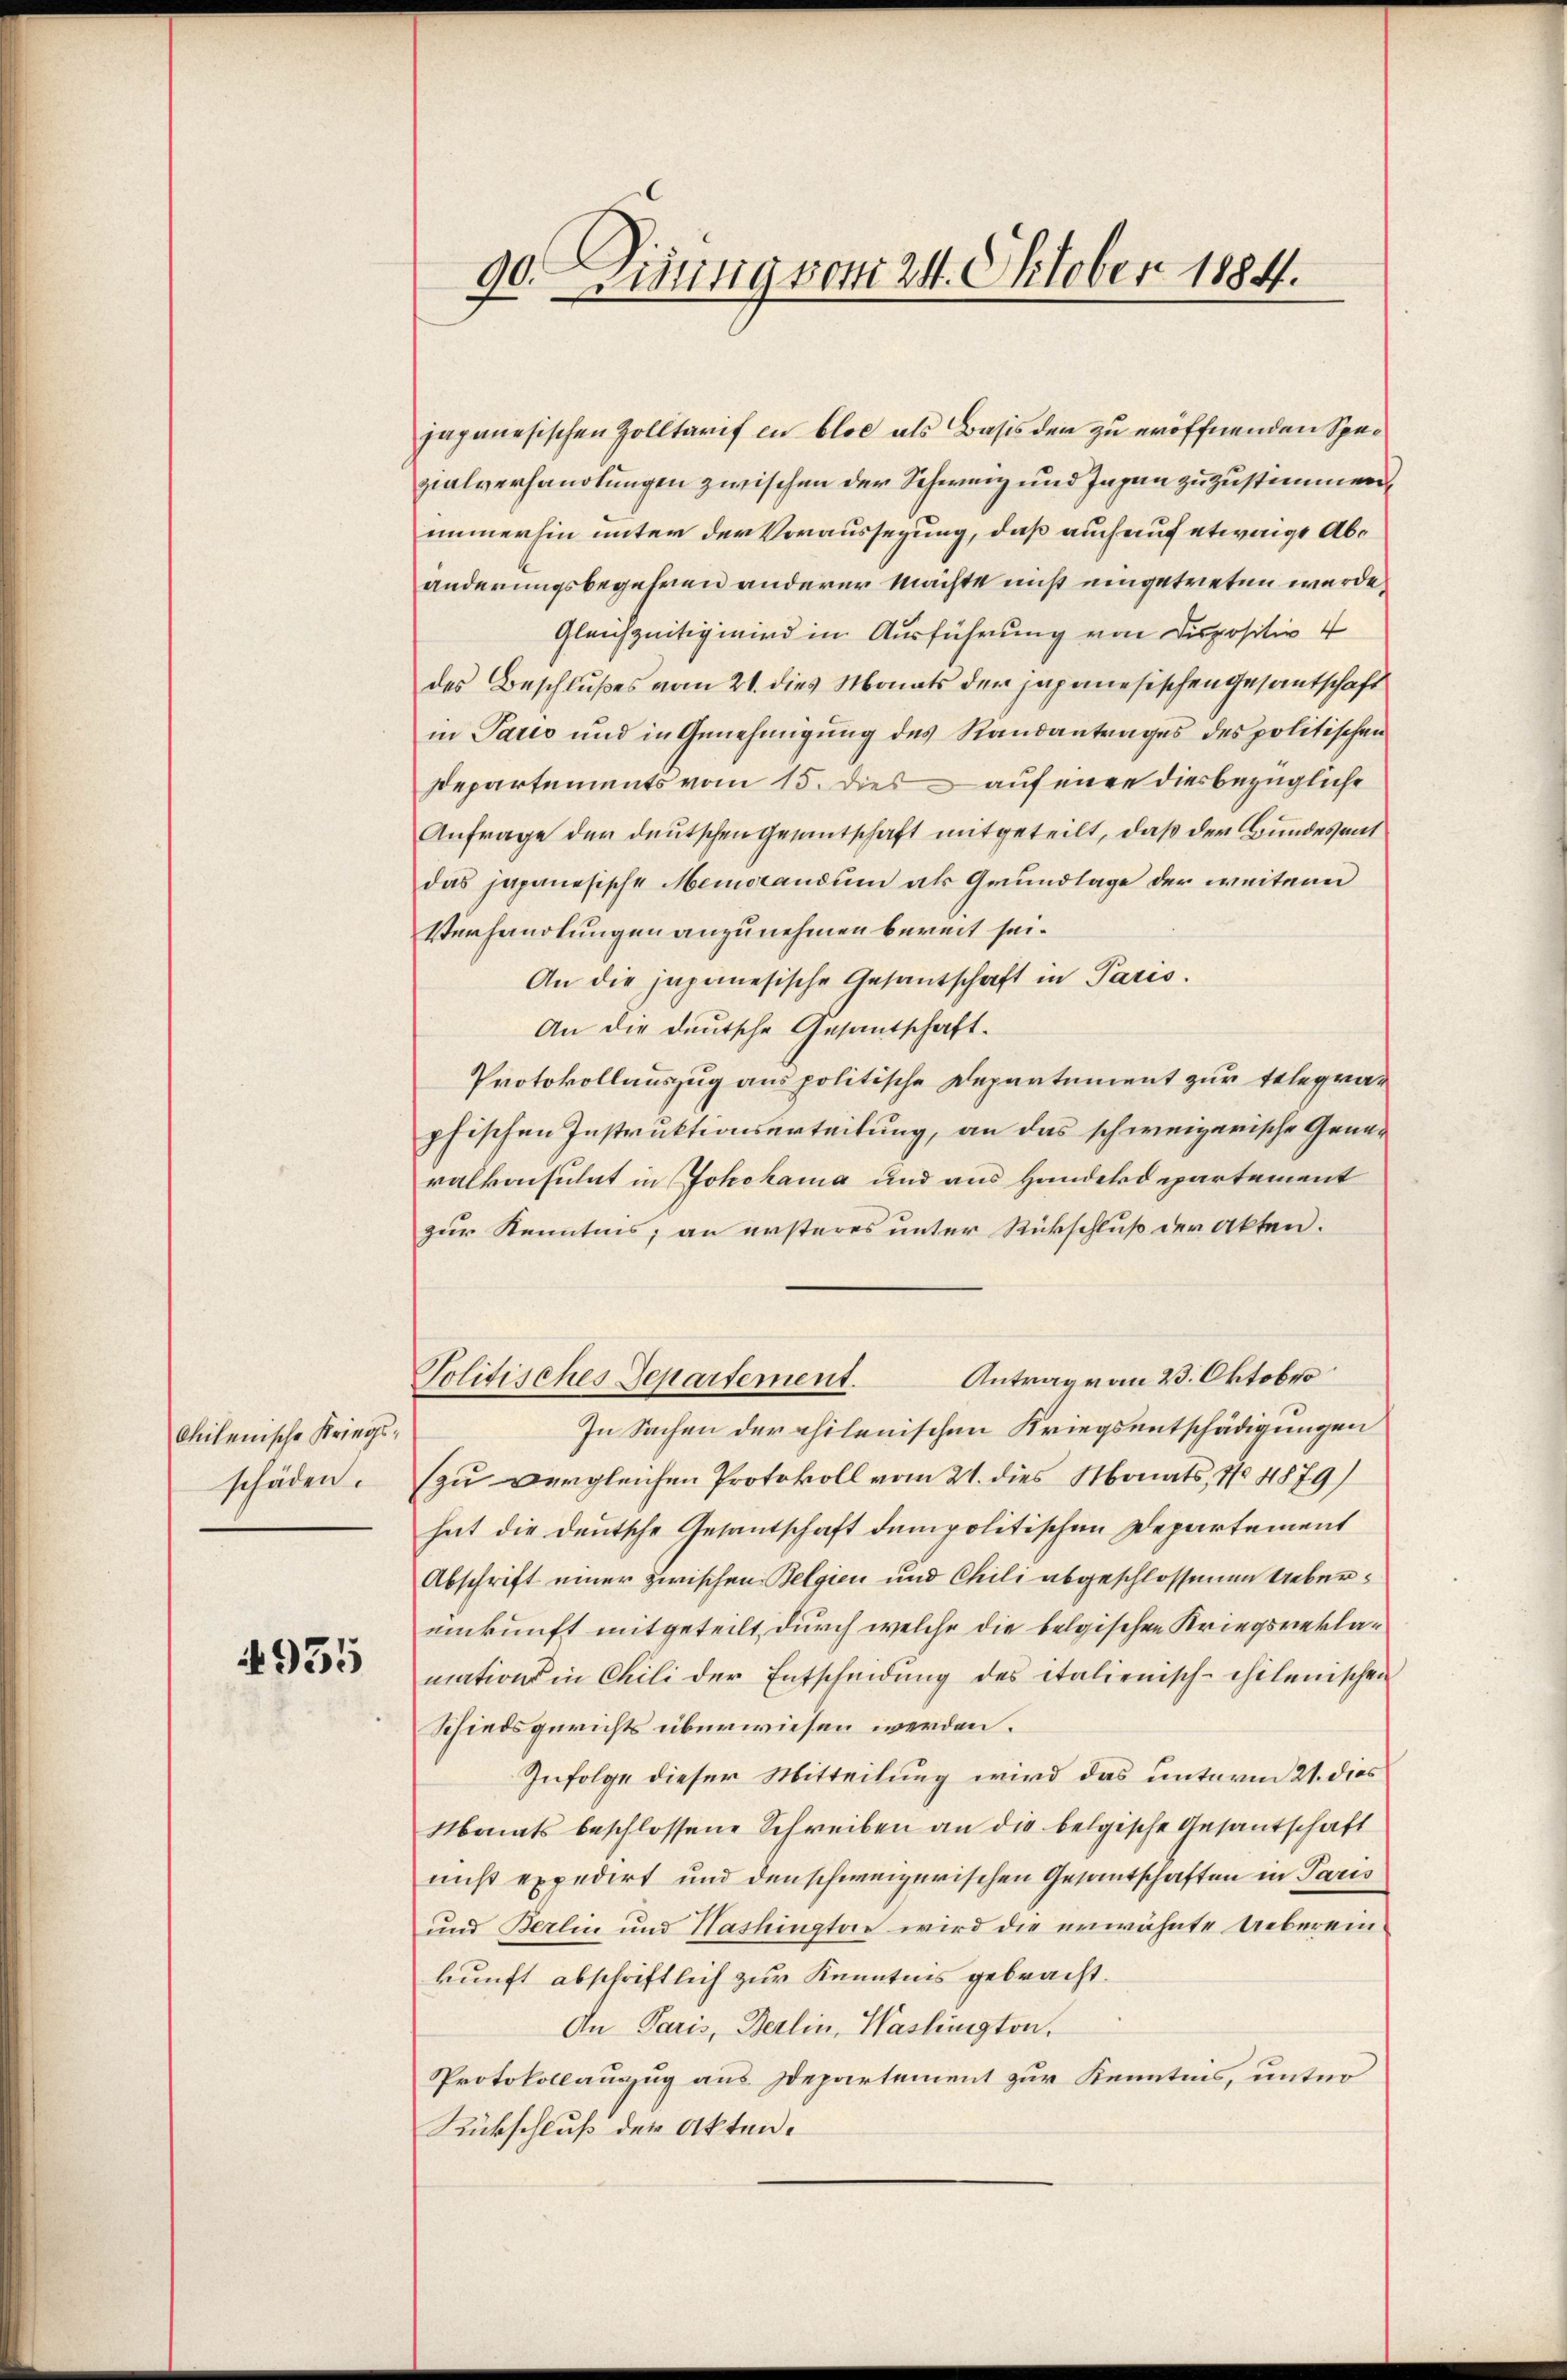
Ohilenische Kriegsschäden.

4955

90. Einung vom 24. Oktober 1884.

japanesischen Zolltarif in blos als Basis den zu eröffnenden Spezialverhandlungen zwischen der Schweiz und Tagen zuzustimmen.
immerhin unter der Voraussegung, daß auch auf etwaige Abänderungsbegehren anderer Machte nicht eingetreten würde.
Gleichzeitigiird in Ausführung von Dispositiv 4
des Beschlußes vom 21. dies Monats der japanesischen Gesantschaft
in Paris und in Genehmigung des Randantrages des politischen
Departements vom 15. dies auf eine diesbezügliche
Anfrage der deutschen Gesantschaft mitgeteilt, daß der Bundesmit
das japanesische Memorandum als Grundlage der weitern
Verhandlungen anzunehmen bereit sei.
An die japanesische Gesantschaft in Paris.
An die deutsche Gesantschaft.
Protokollauszug aus politische Departement zur Telegraphischen Instruktionserteilung, an das schweizerische Gener
ralkonsulat in Jokohama und aus Handekdepartement
zur Kenntnis, an ersteres unter Rückschluß der Akten.
Antrag von 23. Oktober
Politisches Departement.
In Sachen der philenischen Kriegsentschädigungen
zu vergleichen Protokoll vom 21. dies Monats, 10 1879)
hat die deutsche Gesantschaft dem politischen Departement
Abschrift einer zwischen Belgien und Chili abgeschlossenen Uebereinkunft mitgeteilt, durch welche die belgischen Kriegsreklamations in Chili der Entscheidung des italienisch-chilenischen
Schiedsgerichts überwiesen werden.
Infolge dieser Mitteilung wird das unterm 21. dies
Monats beschlossene Schreiben an die belgische Gesantschaft
nicht expedirt und den schweizerischen Gesantschaften in Paris
und Berlin und Hashingter wird die erwähnte Uebereinkunft abschriftlich zur Kenntnis gebracht.
An Paris, Berlin, Haslington,
Protokollauszug aus Departement zur Kenntnis, unter
Rückschluß der Akten.